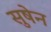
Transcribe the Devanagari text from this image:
सुषेन